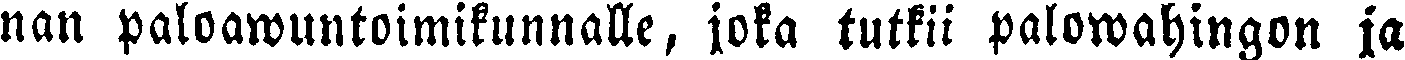
nan paloawuntoimikunnalle, joka tutkii palowahingon ja